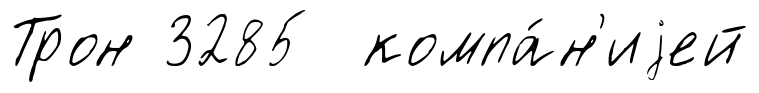
Трон 3285 компа́н'иjей